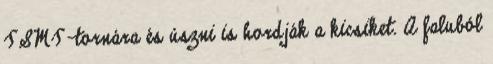
TSMT-tornára és úszni is hordják a kicsiket. A faluból